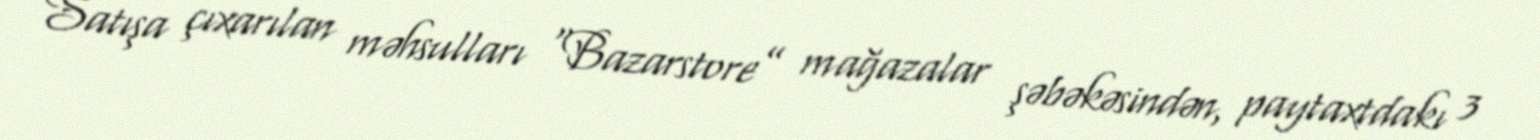
Satışa çıxarılan məhsulları “Bazarstore” mağazalar şəbəkəsindən, paytaxtdakı 3